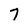
Character: 7